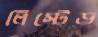
লিস্টেড